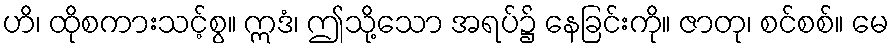
ဟိ၊ ထိုစကားသင့်စွ။ ဣဒံ၊ ဤသို့သော အရပ်၌ နေခြင်းကို။ ဇာတု၊ စင်စစ်။ မေ